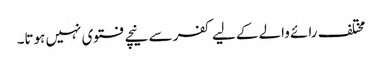
مختلف رائے والے کے لیے کفر سے نیچے فتوی نہیں ہوتا۔